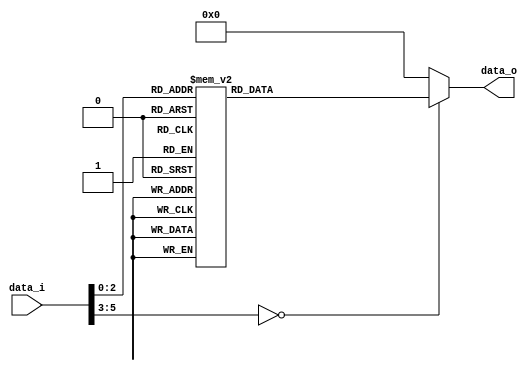
module CONVERTER(data_o, data_i);
	input 	[5:0]	data_i;
	output	[5:0] data_o;
	
	wire		[5:0] data_i;
	reg 		[5:0] data_o;
	
	always @ (data_i) begin
		case (data_i)
			6'd0: data_o = 6'd0;
			6'd1: data_o = 6'd1;
			6'd2: data_o = 6'd2;
			6'd3: data_o = 6'd3;
			6'd4: data_o = 6'd4;
			6'd5: data_o = 6'd5;
			6'd6: data_o = 6'd6;
			6'd7: data_o = 6'd7;
			default: data_o = 6'd0;
		endcase
	end
endmodule